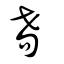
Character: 耈